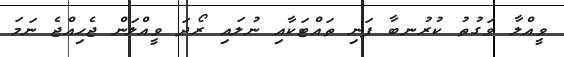
ވީއްލާ ވަގުތު ކުރުނބާ ފަނި ތައްޓަކާއި ނުލައި ރޯދަ ވީއްލަން ޖެހިއްޖެ ނަމަ